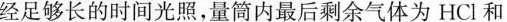
经足够长的时间光照，量筒内最后剩余气体为HCl和